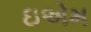
ઇએમ